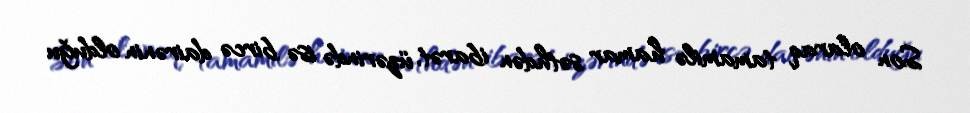
Son olaraq tamamilə hamar səthdən ibarət, üzərində isə bircə dairənin olduğu